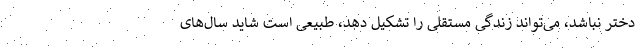
دختر نباشد، می‌تواند زندگی مستقلی را تشکیل دهد، طبیعی است شاید سال‌های